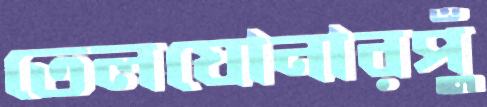
তেলঘোনারপুঁ